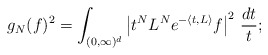
\begin{align*}g_N(f)^2=\int_{(0,\infty)^{d}}\left|t^NL^Ne^{-\langle t ,L\rangle }f\right|^2\,\frac{dt}{t};\end{align*}